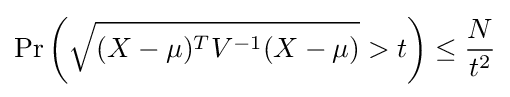
\Pr \left({\sqrt {(X-\mu )^{T}V^{-1}(X-\mu )}}>t\right)\leq {\frac {N}{t^{2}}}